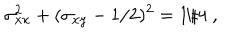
LaTeX: \sigma _ { x x } ^ { 2 } + ( \sigma _ { x y } - 1 / 2 ) ^ { 2 } = 1 / 4 \; ,